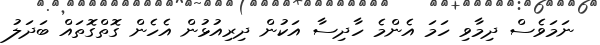
ނަމަވެސް ދިމާވި ހަމަ އެންމެ ހާދިސާ އަކުން ދިރިއުޅުން އެހެން ގޮތްގޮތައް ބަދަލު